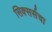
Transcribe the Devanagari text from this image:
सिक्सर्सचा